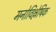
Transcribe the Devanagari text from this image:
मनोविश्लेषिक